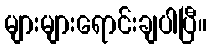
များများရောင်းချပါပြီ။